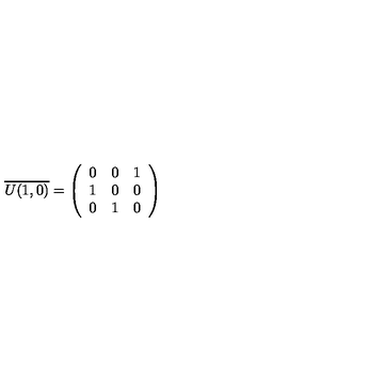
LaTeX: \overline { { U ( 1 , 0 ) } } = \left( \begin{array} { c c c } { 0 } & { 0 } & { 1 } \\ { 1 } & { 0 } & { 0 } \\ { 0 } & { 1 } & { 0 } \\ \end{array} \right)